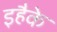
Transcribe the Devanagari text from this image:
इहैके